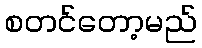
စတင်တော့မည်